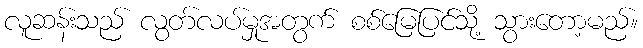
လူဆန်းသည် လွတ်လပ်မှုအတွက် စစ်မြေပြင်သို့ သွားတော့မည်။